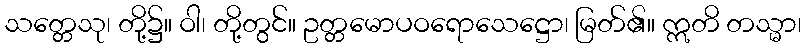
သတ္တေသု၊ တို့၌။ ဝါ၊ တို့တွင်။ ဥတ္တမောပဝရောသေဋ္ဌော၊ မြတ်၏။ ဣတိ တသ္မာ၊